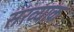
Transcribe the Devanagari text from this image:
संख्याक